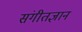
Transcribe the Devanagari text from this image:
संगीतज्ञान